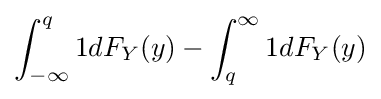
\int _{-\infty }^{q}1dF_{Y}(y)-\int _{q}^{\infty }1dF_{Y}(y)